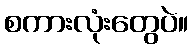
စကားလုံးတွေပဲ။